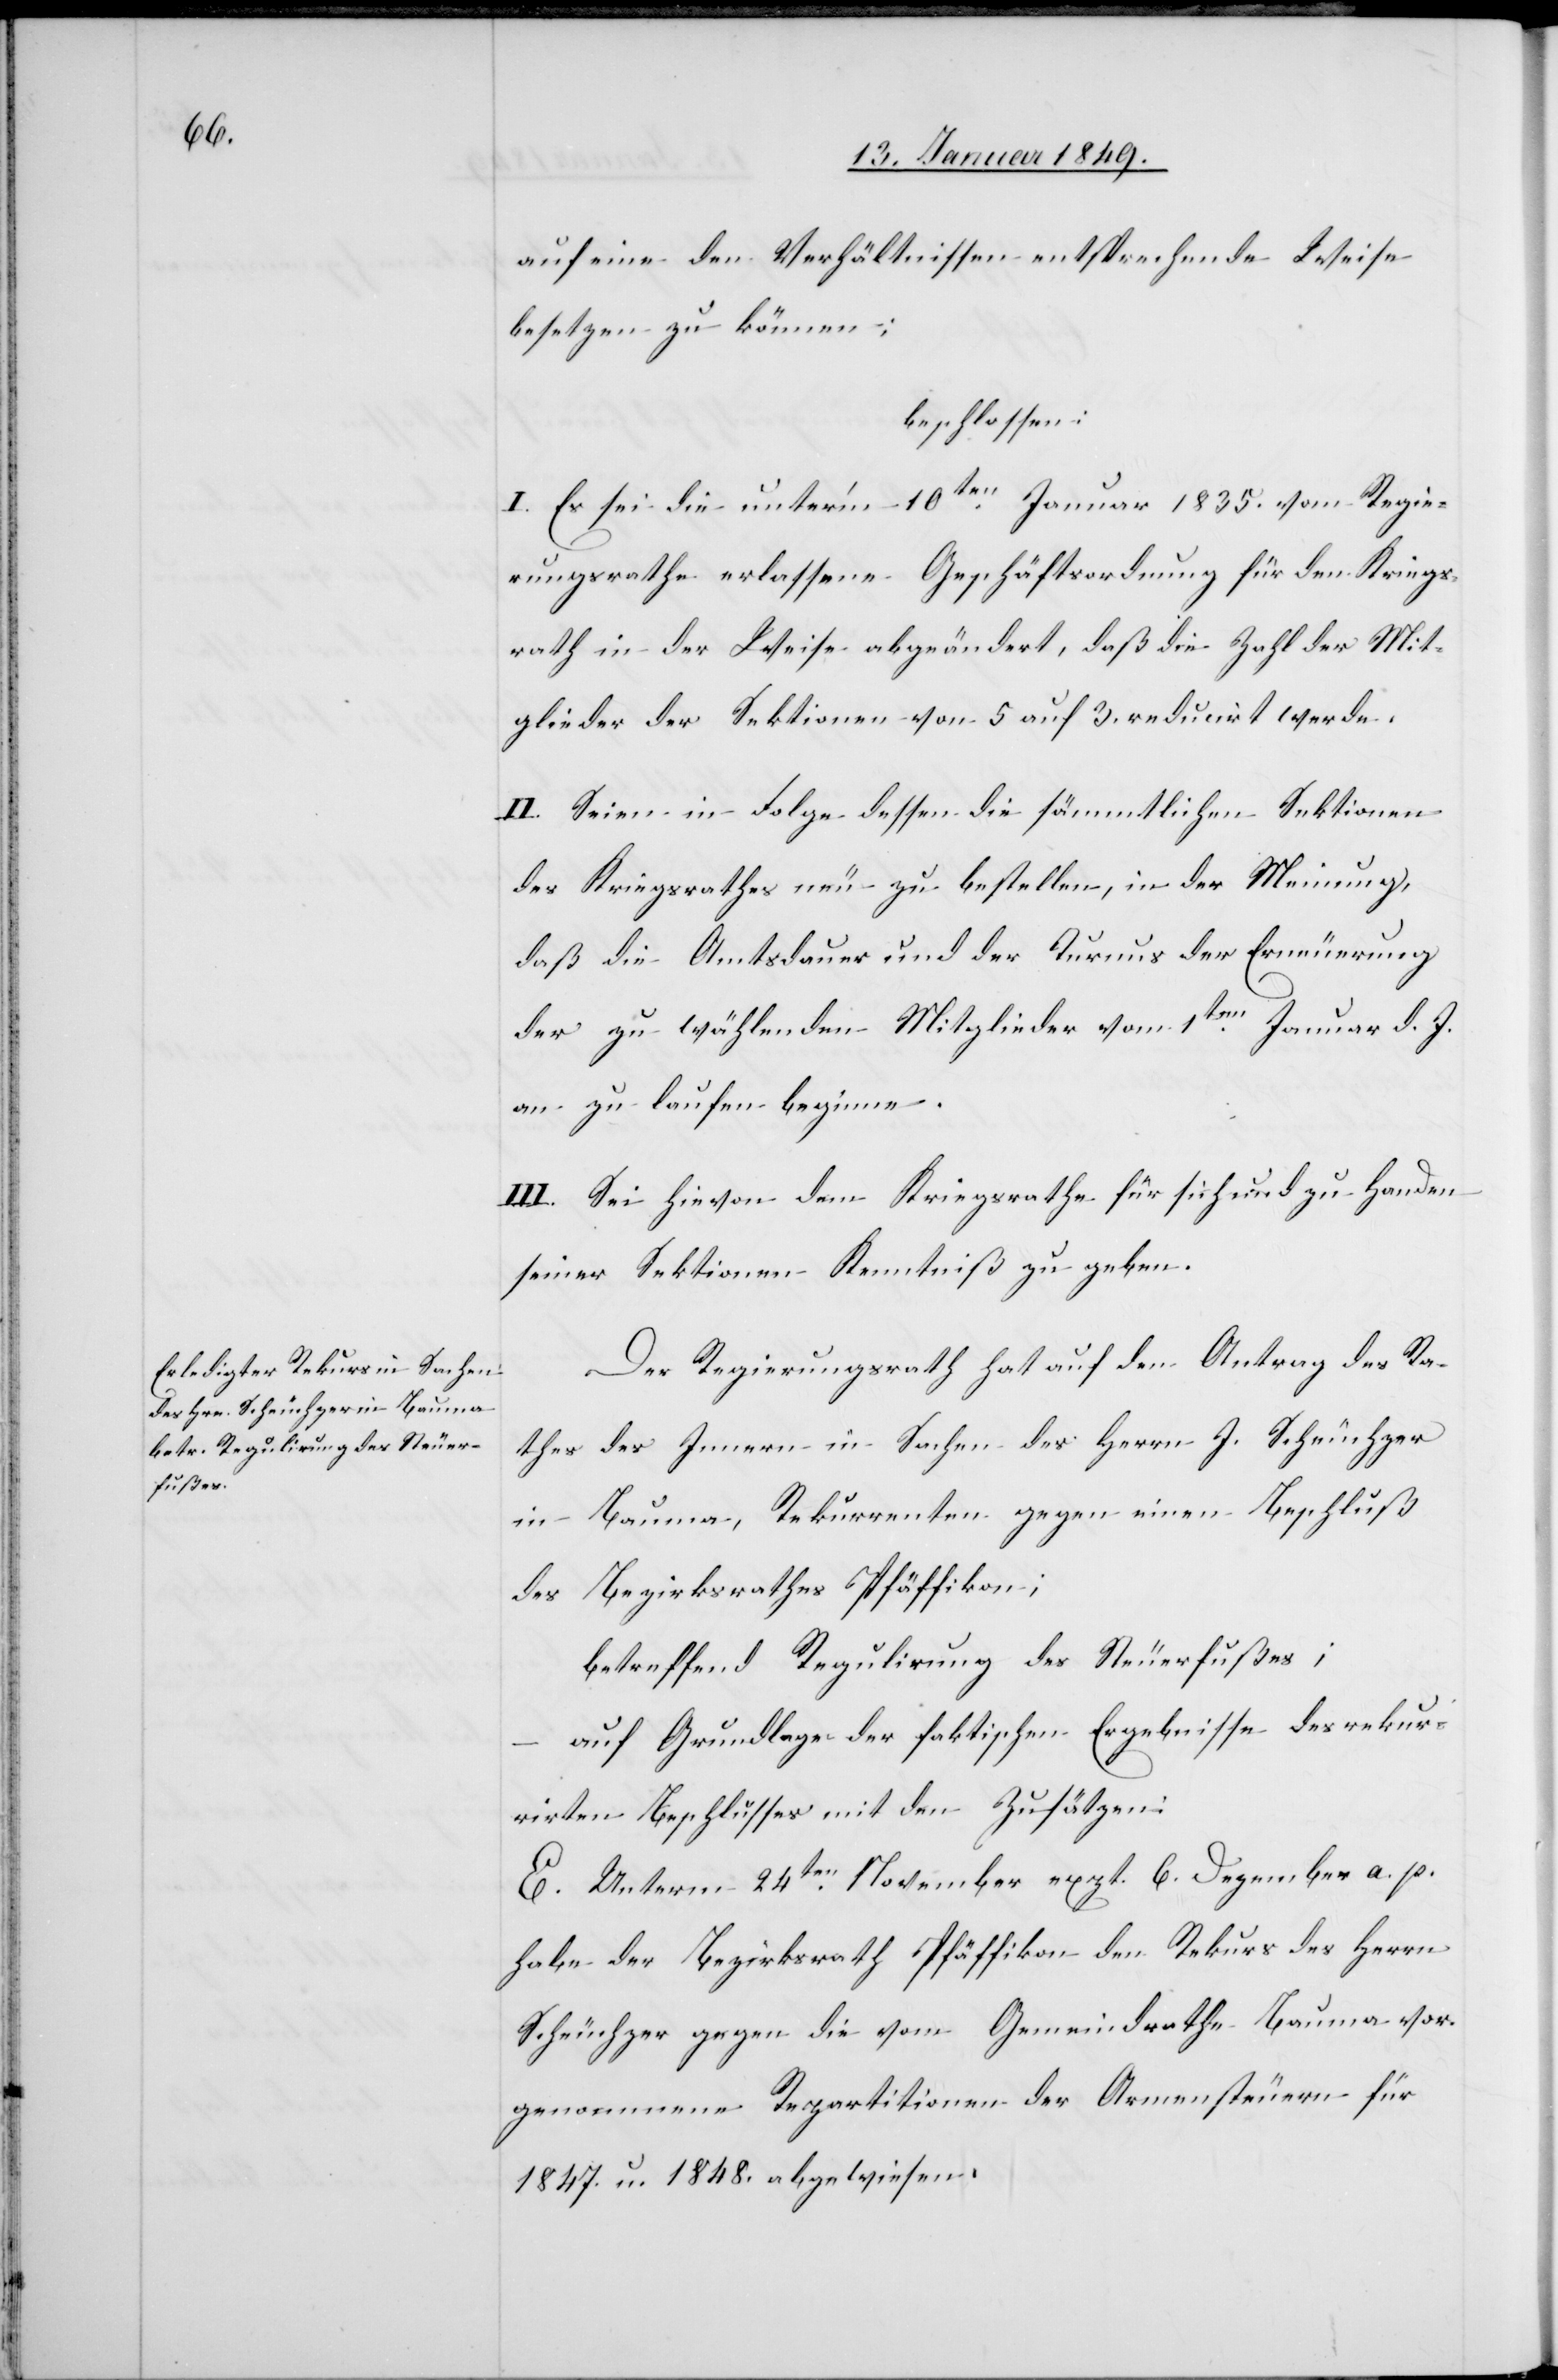
auf eine den Verhältnissen entsprechende Weise
besetzen zu können;
beschlossen:
I. Es sei die unter’m 10ten. Januar 1835. vom Regie¬
rungsrathe erlassene Geschäftsordnung für den Kriegs¬
rath in der Weise abgeändert, daß die Zahl der Mit¬
glieder der Sektionen von 5 auf 3. reducirt werde.
II. Seien in Folge dessen die sämmtlichen Sektionen
des Kriegsrathes neu zu bestellen, in der Meinung,
daß die Amtsdauer und der Turnus der Erneuerung
der zu wählenden Mitglieder vom 1ten. Januar d. J.
an zu laufen beginne.
III. Sei hievon dem Kriegsrathe für sich und zu Handen
seiner Sektionen Kenntniß zu geben.
Der Regierungsrath hat auf den Antrag des Ra¬
thes des Innern in Sachen des Herrn J. Scheuchzer
in Bauma, Rekurrenten gegen einen Beschluß
des Bezirksrathes Pfäffikon;
betreffend Regulirung des Steuerfußes;
auf Grundlage der faktischen Ergebnisse des rekur¬
rirten Beschlusses mit den Zusätzen:
E. Unterm 24ten. November exzt. 6. Dezember a. p.
habe der Bezirksrath Pfäffikon den Rekurs des Herrn
Scheuchzer gegen die vom Gemeindrathe Bauma vor¬
genommene Repartitionen der Armensteuern für
1847. u. 1848. abgewiesen.